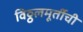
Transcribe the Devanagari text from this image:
विठ्ठलमूर्तीची